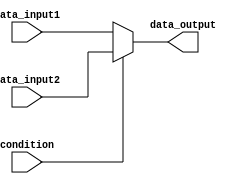
module if_else_statement(
    input wire condition,
    input wire [7:0] data_input1,
    input wire [7:0] data_input2,
    output reg [7:0] data_output
);

always @(*)
begin
    if (~condition) begin
        data_output <= data_input1;
    end
    else begin
        data_output <= data_input2;
    end
end

endmodule